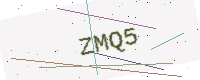
Text: ZMQ5